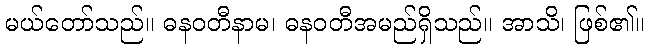
မယ်တော်သည်။ ဓနဝတီနာမ၊ ဓနဝတီအမည်ရှိသည်။ အာသိ၊ ဖြစ်၏။